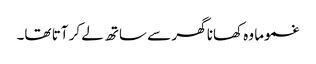
غموما وہ کھانا گھر سے ساتھ لے کر آتا تھا۔